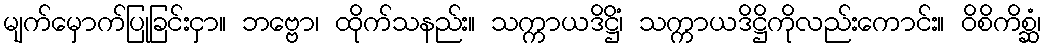
မျက်မှောက်ပြုခြင်းငှာ။ ဘဗ္ဗော၊ ထိုက်သနည်း။ သက္ကာယဒိဋ္ဌိံ၊ သက္ကာယဒိဋ္ဌိကိုလည်းကောင်း။ ဝိစိကိစ္ဆံ၊